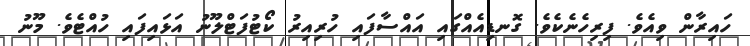
ހައިރާން ވިއެވެ. ފިރިހެނެކެވެ. ގޮނޑިއެއްގައި އައްސާފައި ހުރިއިރު ކޯޓުފަޓްލޫނު އަޅައިފައި ހުއްޓެވެ. މޫނު